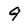
Character: 9